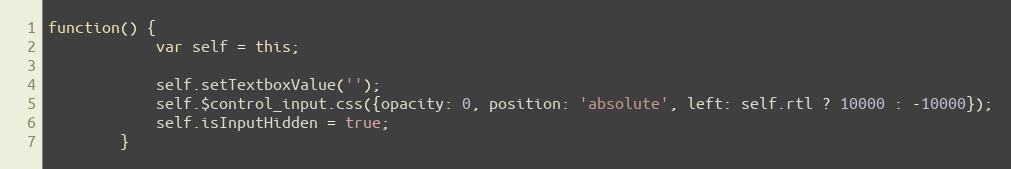
Language: JavaScript
function() {
			var self = this;

			self.setTextboxValue('');
			self.$control_input.css({opacity: 0, position: 'absolute', left: self.rtl ? 10000 : -10000});
			self.isInputHidden = true;
		}